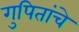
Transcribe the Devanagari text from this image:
गुपितांचे